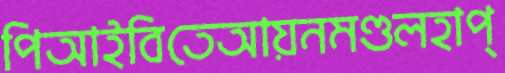
পিআইবিতেআয়নমণ্ডলহাপ্